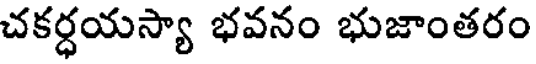
చకర్ధయస్యా భవనం భుజాంతరం